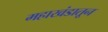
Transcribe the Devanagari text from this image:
महाखंडातून